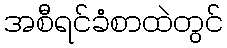
အစီရင်ခံစာထဲတွင်